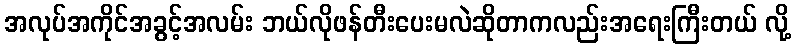
အလုပ်အကိုင်အခွင့်အလမ်း ဘယ်လိုဖန်တီးပေးမလဲဆိုတာကလည်းအရေးကြီးတယ် လို့